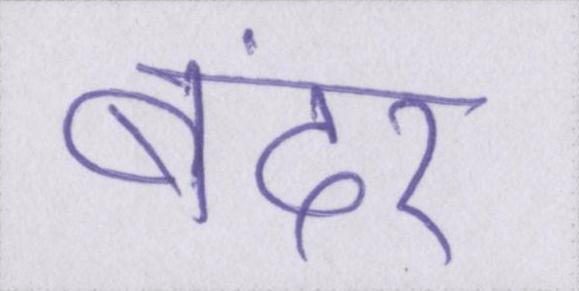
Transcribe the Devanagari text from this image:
बंदर